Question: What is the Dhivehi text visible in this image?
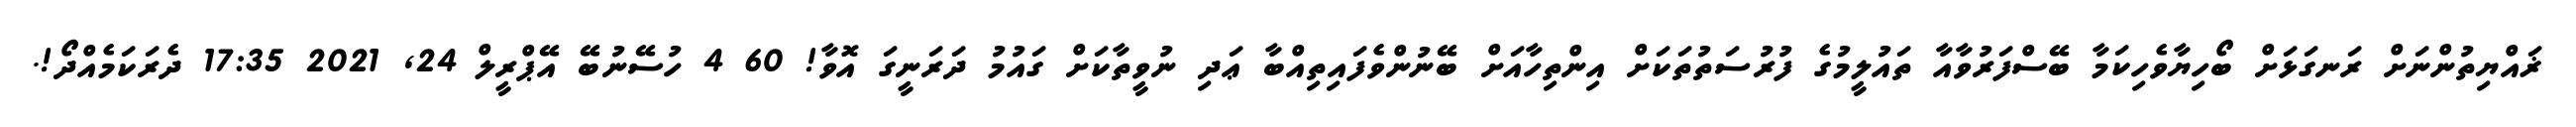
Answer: ޜައްޔިތުންނަށް ރަނގަޅަށް ބޯހިޔާވެހިކަމާ ބޭސްފަރުވާއާ ތައުލީމުގެ ފުރުސަތުތަކަށް އިންތިހާއަށް ބޭނުންވެފައިތިއްބާ ޢަދި ނުވީތާކަށް ގައުމު ދަރަނީގަ އޮވާ! 60 4 ހުސޭނުބޭ އޭޕްރީލް 24, 2021 17:35 ދެރަކަމެއްދޯ!.